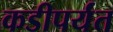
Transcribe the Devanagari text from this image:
कडीपर्यंत